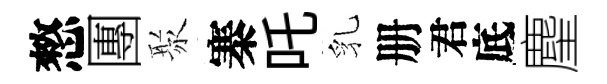
憗團聚寨吒乳册君底麈